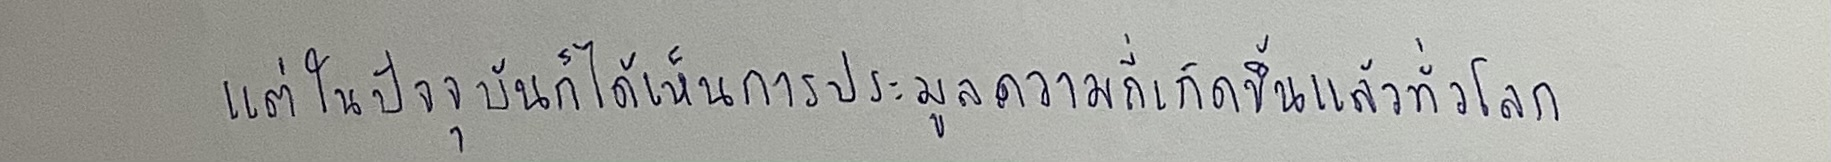
แต่ในปัจจุบันก็ได้เห็นการประมูลความถี่เกิดขึ้นแล้วทั่วโลก